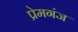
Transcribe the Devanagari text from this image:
प्रेमगंज